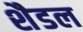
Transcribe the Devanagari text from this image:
शैडल